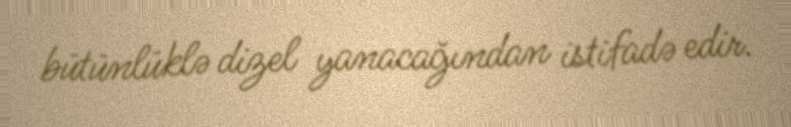
bütünlüklə dizel yanacağından istifadə edir.